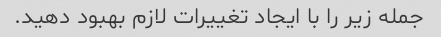
جمله زیر را با ایجاد تغییرات لازم بهبود دهید.